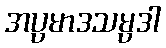
အပ္ပမာဒသမ္ပဒါ